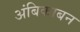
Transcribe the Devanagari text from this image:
अंबिकाबन